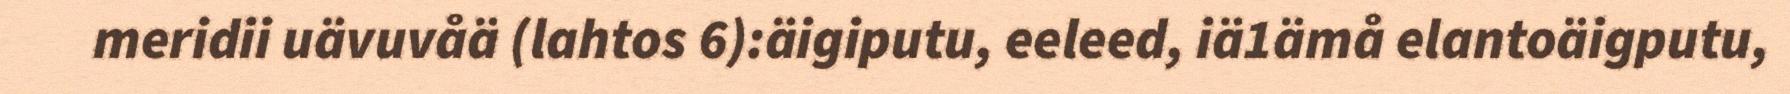
meridii uävuvåä (lahtos 6):äigiputu, eeleed, iä1ämå elantoäigputu,